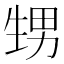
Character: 甥